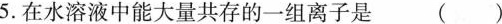
5.在水溶液中能大量共存的一组离子是 ()